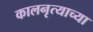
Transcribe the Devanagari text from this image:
कालनृत्याच्या